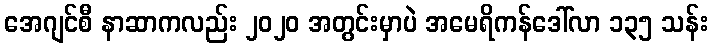
အေဂျင်စီ နာဆာကလည်း ၂၀၂၀ အတွင်းမှာပဲ အမေရိကန်ဒေါ်လာ ၁၃၅ သန်း